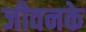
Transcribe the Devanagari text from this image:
जीवनके